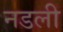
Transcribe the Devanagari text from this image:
नडली